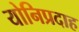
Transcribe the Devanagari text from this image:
योनिप्रदाह